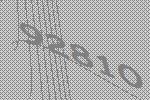
92810